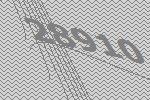
28910